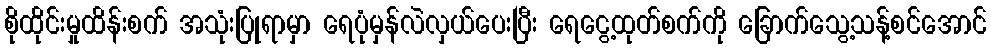
စိုထိုင်းမှုထိန်းစက် အသုံးပြုရာမှာ ရေပုံမှန်လဲလှယ်ပေးပြီး ရေငွေ့ထုတ်စက်ကို ခြောက်သွေ့သန့်စင်အောင်